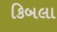
કિબલા